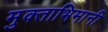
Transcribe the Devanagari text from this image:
मुक्ताभिमानी